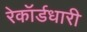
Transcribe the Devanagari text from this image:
रेकॉर्डधारी